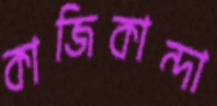
কাজিকান্দা